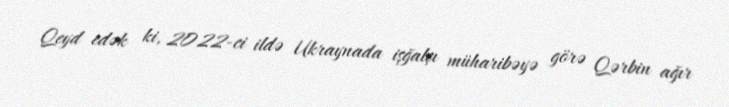
Qeyd edək ki, 2022-ci ildə Ukraynada işğalçı müharibəyə görə Qərbin ağır